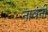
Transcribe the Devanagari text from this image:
नावंनी